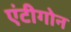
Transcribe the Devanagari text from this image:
एंटीगोन